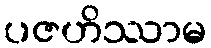
ပဇဟိဿာမ